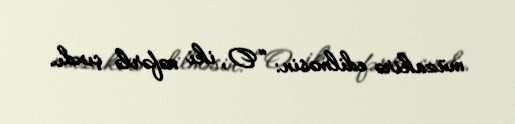
müzakirə edilməsin: “O, iki nəfərlə çıxdı.